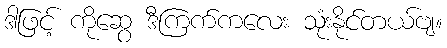
ဒါဖြင့် ကိုဆွေ ဒီကြက်ကလေး သုံးနိုင်တယ်ဗျ။